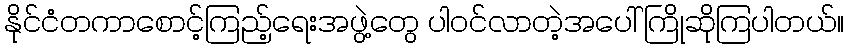
နိုင်ငံတကာစောင့်ကြည့်ရေးအဖွဲ့တွေ ပါဝင်လာတဲ့အပေါ် ကြိုဆိုကြပါတယ်။